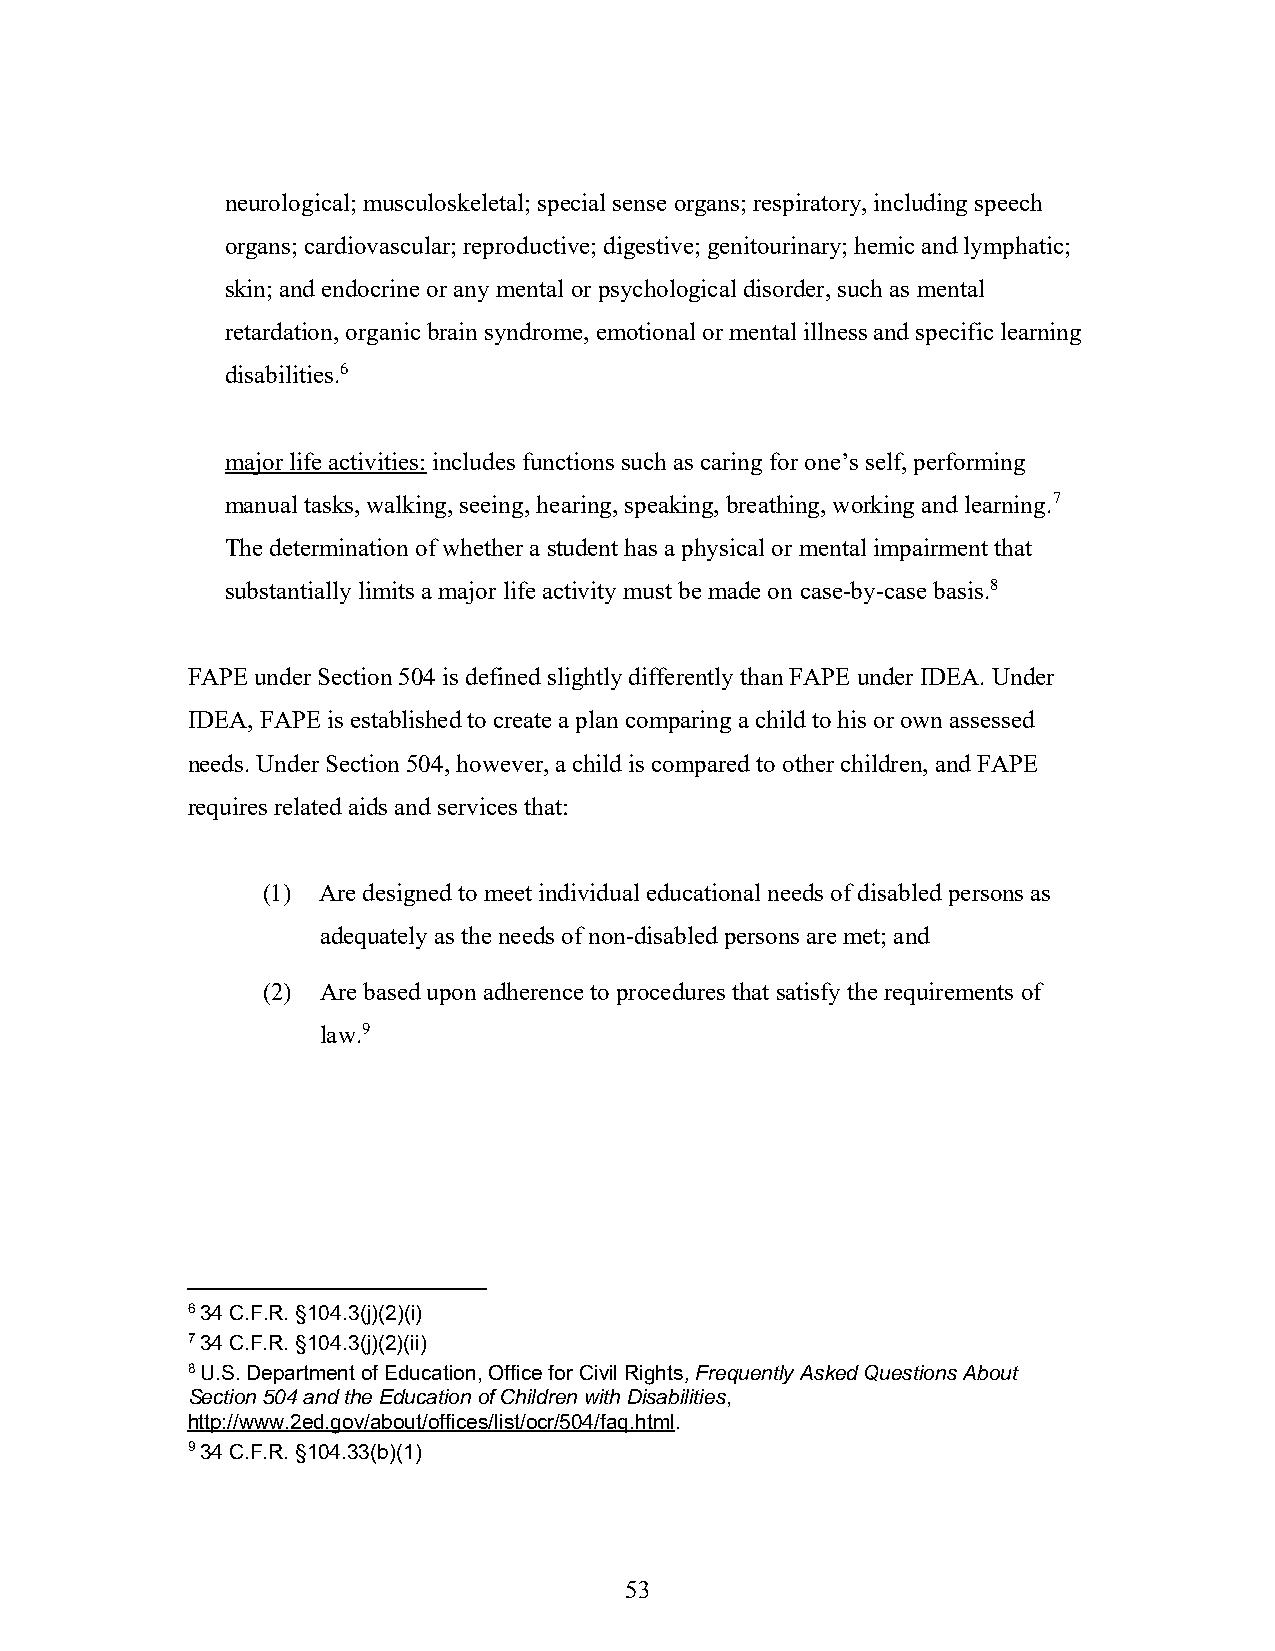
neurological; musculoskeletal; special sense organs; respiratory, including speech
 organs; cardiovascular; reproductive; digestive; genitourinary; hemic and lymphatic;
 skin; and endocrine or any mental or psychological disorder, such as mental
 retardation, organic brain syndrome, emotional or mental illness and specific learning
 disabilities.6
 major life activities: includes functions such as caring for one’s self, performing
 manual tasks, walking, seeing, hearing, speaking, breathing, working and learning.7
 The determination of whether a student has a physical or mental impairment that
 substantially limits a major life activity must be made on case-by-case basis.8
 FAPE under Section 504 is defined slightly differently than FAPE under IDEA. Under
 IDEA, FAPE is established to create a plan comparing a child to his or own assessed
 needs. Under Section 504, however, a child is compared to other children, and FAPE
 requires related aids and services that:
 (1) Are designed to meet individual educational needs of disabled persons as
 adequately as the needs of non-disabled persons are met; and
 (2) Are based upon adherence to procedures that satisfy the requirements of
 law.9
 6 34 C.F.R. §104.3(j)(2)(i)
 7 34 C.F.R. §104.3(j)(2)(ii)
 8 U.S. Department of Education, Office for Civil Rights, Frequently Asked Questions About
 Section 504 and the Education of Children with Disabilities,
 http://www.2ed.gov/about/offices/list/ocr/504/faq.html.
 9 34 C.F.R. §104.33(b)(1)
 53